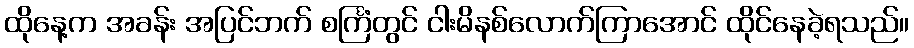
ထိုနေ့က အခန်း အပြင်ဘက် စင်္ကြံတွင် ငါးမိနစ်လောက်ကြာအောင် ထိုင်နေခဲ့ရသည်။